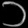
Digit: ၁